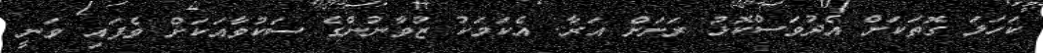
ކަހަލަ ގޮތަކަށް އެދުވަސްކޮޅު ރަށަށް އަރާ. އެކަމަކު ޒުވާނުންގެ ސަކުވާއަކަށް ވެފައި ވަނީ